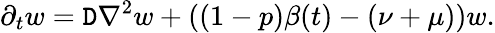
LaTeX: \partial_{t}w=\mathtt{D}\nabla^{2}w+\left((1-p)\beta(t)-(\nu+\mu)\right)w.